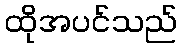
ထိုအပင်သည်